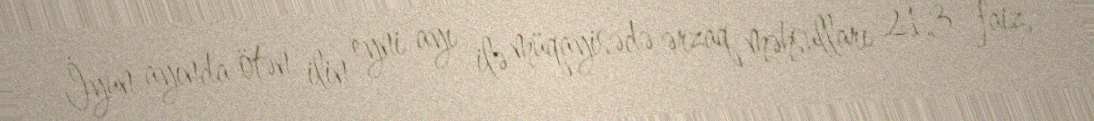
İyun ayında ötən ilin eyni ayı ilə müqayisədə ərzaq məhsulları 21,3 faiz,